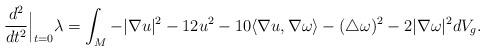
LaTeX: \begin{align*} \frac{d^2}{dt^2}\Big|_{t=0}\lambda= \int_M -|\nabla u|^2-12u^2-10\langle \nabla u,\nabla\omega \rangle-(\triangle\omega)^2-2|\nabla \omega|^2 dV_g.\end{align*}